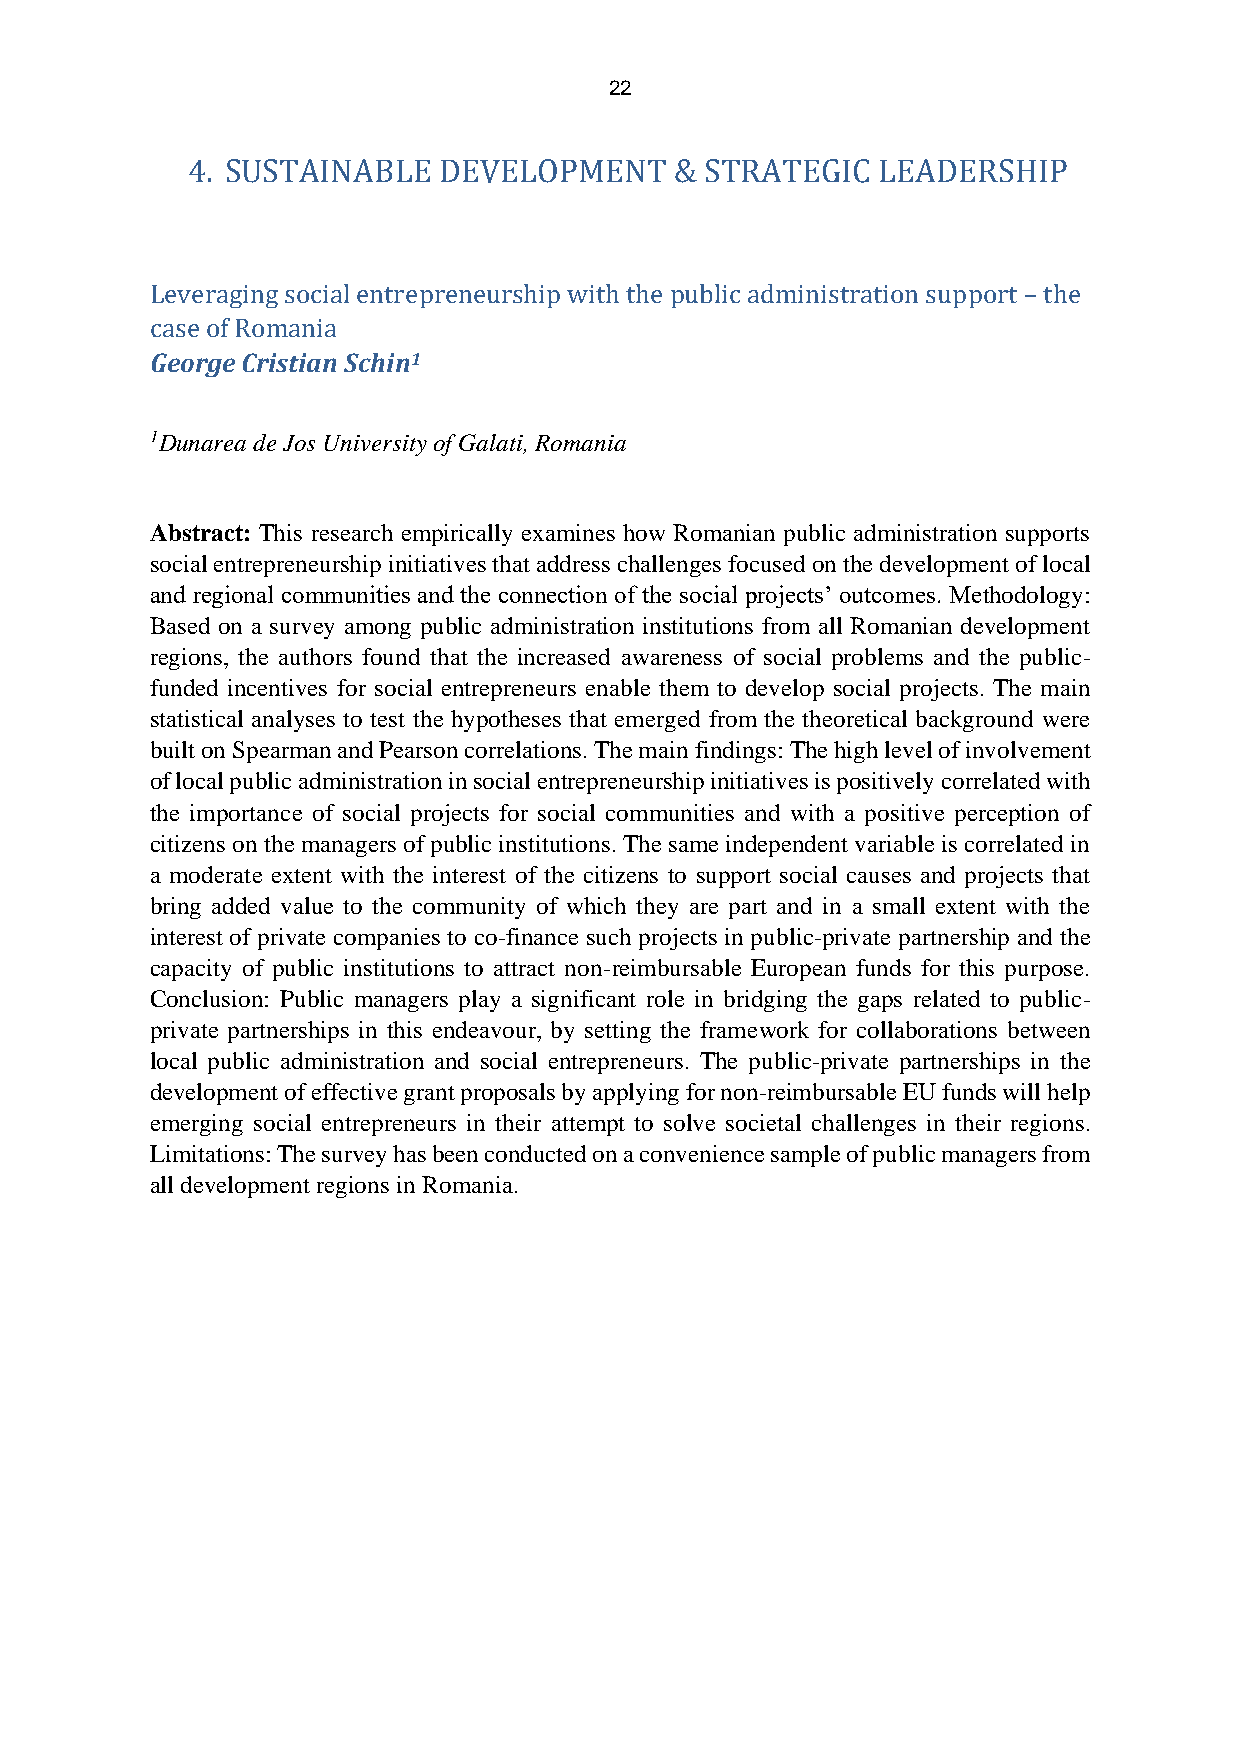
22
 4. SUSTAINABLE   DEVELOPMENT     & STRATEGIC  LEADERSHIP
 Leveraging social entrepreneurship with the public administration support – the
 case of Romania
 George Cristian Schin1
 1Dunarea de Jos University of Galati, Romania
 Abstract: This research empirically examines how Romanian public administration supports
 social entrepreneurship initiatives that address challenges focused on the development of local
 and regional communities and the connection of the social projects’ outcomes. Methodology:
 Based on a survey among public administration institutions from all Romanian development
 regions, the authors found that the increased awareness of social problems and the public-
 funded incentives for social entrepreneurs enable them to develop social projects. The main
 statistical analyses to test the hypotheses that emerged from the theoretical background were
 built on Spearman and Pearson correlations. The main findings: The high level of involvement
 of local public administration in social entrepreneurship initiatives is positively correlated with
 the importance of social projects for social communities and with a positive perception of
 citizens on the managers of public institutions. The same independent variable is correlated in
 a moderate extent with the interest of the citizens to support social causes and projects that
 bring added value to the community of which they are part and in a small extent with the
 interest of private companies to co-finance such projects in public-private partnership and the
 capacity of public institutions to attract non-reimbursable European funds for this purpose.
 Conclusion: Public managers play a significant role in bridging the gaps related to public-
 private partnerships in this endeavour, by setting the framework for collaborations between
 local public administration and social entrepreneurs. The public-private partnerships in the
 development of effective grant proposals by applying for non-reimbursable EU funds will help
 emerging social entrepreneurs in their attempt to solve societal challenges in their regions.
 Limitations: The survey has been conducted on a convenience sample of public managers from
 all development regions in Romania.